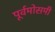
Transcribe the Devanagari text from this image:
पूर्वमोसमी